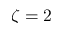
\zeta = 2